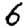
Digit: 6